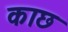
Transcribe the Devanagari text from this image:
काछ